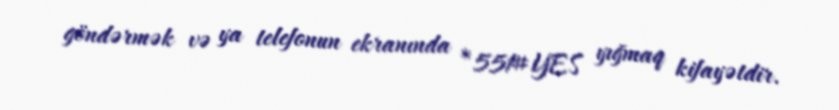
göndərmək və ya telefonun ekranında *551#YES yığmaq kifayətdir.